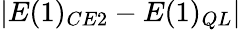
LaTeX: |E(1)_{CE2}-E(1)_{QL}|